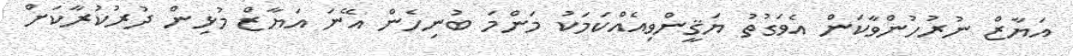
އަޔާޒް ނުރުހުންވާކަން އެވަގުތު ޔަޤީންވިއެއްކަމަކު މަންމަ ބުނިހެން އޭނަ އަޔާޒް މުޅިން ދުރުކުރާކަށް